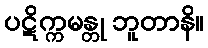
ပဋိက္ကမန္တု ဘူတာနိ။